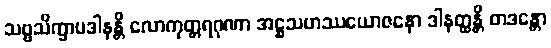
သဗ္ဗသိက္ခာပဒါနန္တိ လောကုတ္တရဂုဏာ အဋ္ဌသဟဿယောဇနော ဒါနတ္ထန္တိ တဒန္တော